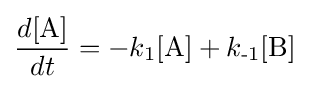
{\frac {d[\mathrm {A} ]}{dt}}=-k_{\text{1}}[\mathrm {A} ]+k_{\text{-1}}[\mathrm {B} ]